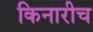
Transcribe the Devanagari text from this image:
किनारीच